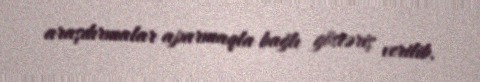
araşdırmalar aparmaqla bağlı göstəriş verilib.